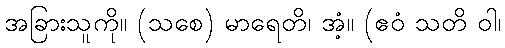
အခြားသူကို။ (သစေ) မာရေတိ၊ အံ့။ (ဧဝံ သတိ ဝါ၊